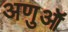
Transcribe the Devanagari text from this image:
अणुऑ